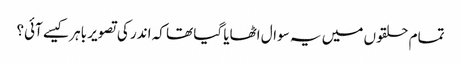
تمام حلقوں میں یہ سوال اٹھایا گیا تھا کہ اندر کی تصویر باہر کیسے آئی؟